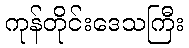
ကုန်တိုင်းဒေသကြီး